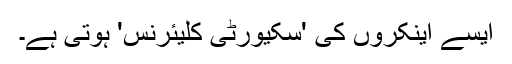
ایسے اینکروں کی 'سکیورٹی کلیئرنس' ہوتی ہے۔